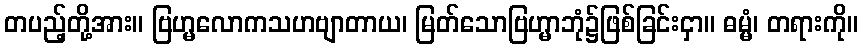
တပည့်တို့အား။ ဗြဟ္မလောကသဟဗျာတာယ၊ မြတ်သောဗြဟ္မာဘုံ၌ဖြစ်ခြင်းငှာ။ ဓမ္မံ၊ တရားကို။